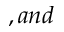
, a n d